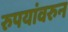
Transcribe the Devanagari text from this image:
रुपयांवरुन